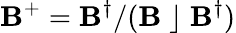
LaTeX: \mathbf{B}^{+}=\mathbf{B}^{\dagger}/(\mathbf{B}\; \rfloor\; \mathbf{B}^{\dagger})